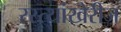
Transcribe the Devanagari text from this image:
रस्त्यांखेरीज